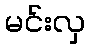
မင်းလှ